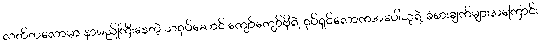
လတ်တလောမှာ နာမည်ကြီးနေတဲ့ သရုပ်ဆောင် ကျော်ကျော်ဗိုရဲ့ ရုပ်ရှင်လောကအပေါ်သူရဲ့ ခံစားချက်များအကြောင်း